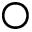
\bigcirc